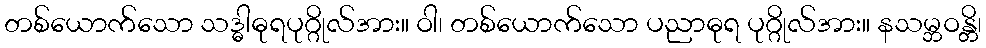
တစ်ယောက်သော သဒ္ဓါဓုရပုဂ္ဂိုလ်အား။ ဝါ၊ တစ်ယောက်သော ပညာဓုရ ပုဂ္ဂိုလ်အား။ နသမ္ဘဝန္တိ၊